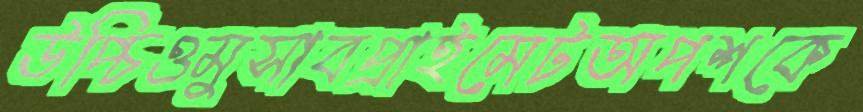
উপ্‌চিওমুসাবপ্রাইমেটঅপশকে